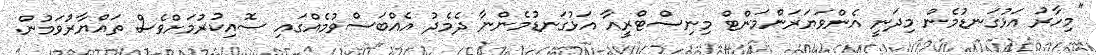
"މިހާރު އަޅުގަނޑުމެން މިދަނީ އެންވަޔަރަންމަންޓް މިނިސްޓްރީއާ އަޅުގަނޑުމެންނާ ދެމެދު އެއްބަސްވުމެއްްގައި ސޮއިކުރުމަށްވެސް ތައްޔާރުވަމުން.